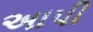
અાપી